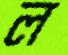
ল